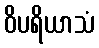
ဝိပရိယာသံ